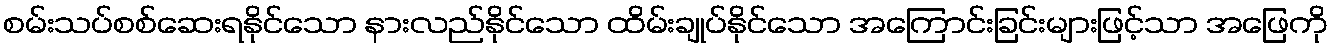
စမ်းသပ်စစ်ဆေးရနိုင်သော နားလည်နိုင်သော ထိမ်းချုပ်နိုင်သော အကြောင်းခြင်းများဖြင့်သာ အဖြေကို